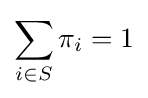
\sum _{i\in S}\pi _{i}=1